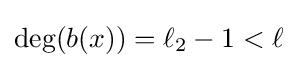
\deg(b(x))=\ell _{2}-1<\ell